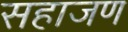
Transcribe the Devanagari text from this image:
सहाजण